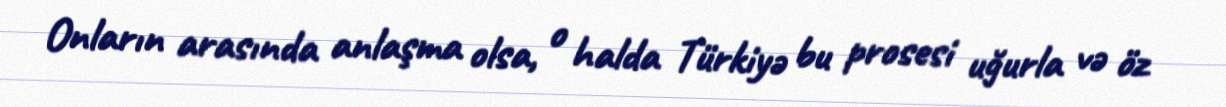
Onların arasında anlaşma olsa, o halda Türkiyə bu prosesi uğurla və öz